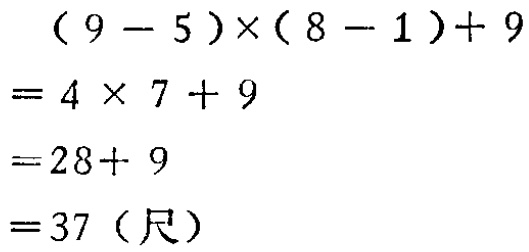
\[

\begin{align*}

&(9 - 5)\times(8 - 1)+ 9\\

=&4\times7 + 9\\

=&28 + 9\\

=&37（尺）

\end{align*}

\]